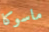
ماسوكا